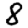
Digit: 8